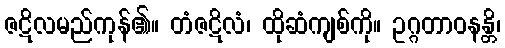
ဇဋိလမည်ကုန်၏။ တံဇဋိလံ၊ ထိုဆံကျစ်ကို။ ဥဂ္ဂတာဝနန္တိ၊